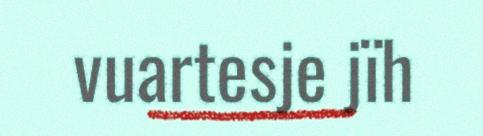
vuartesje jïh